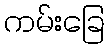
ကမ်းခြေ